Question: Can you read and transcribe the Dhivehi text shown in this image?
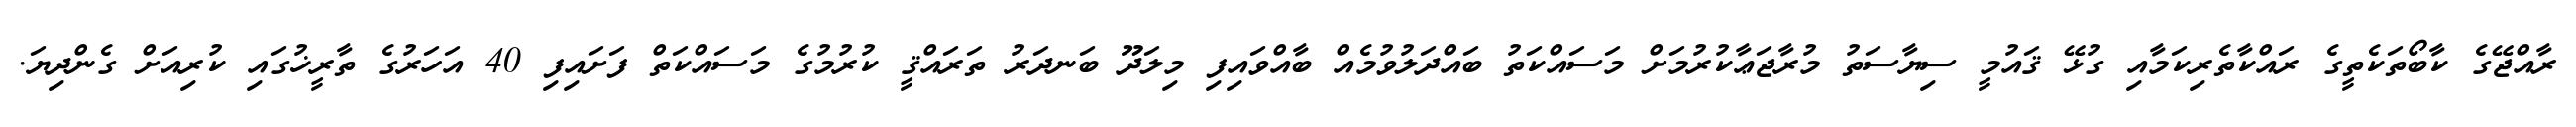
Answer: ރާއްޖޭގެ ކާބޯތަކެތީގެ ރައްކާތެރިކަމާއި ގުޅޭ ޤައުމީ ސިޔާސަތު މުރާޖަޢާކުރުމަށް މަސައްކަތު ބައްދަލުވުމެއް ބާއްވައިފި މިލަދޫ ބަނދަރު ތަރައްޤީ ކުރުމުގެ މަސައްކަތް ފަށައިފި 40 އަހަރުގެ ތާރީޚުގައި ކުރިއަށް ގެންދިޔަ.